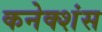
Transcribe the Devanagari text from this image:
कनेक्‍शंस